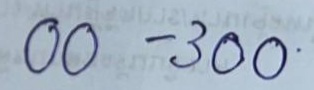
00 - 300